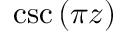
\csc \left( \pi z \right)